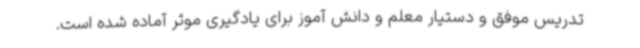
تدریس موفق و دستیار معلم و دانش آموز برای یادگیری موثر آماده شده است.